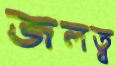
জলত্ব